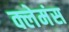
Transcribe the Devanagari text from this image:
क्लेमंस